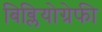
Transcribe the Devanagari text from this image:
बिब्लियोग्रेफी